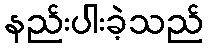
နည်းပါးခဲ့သည်